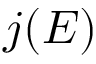
j ( E )